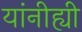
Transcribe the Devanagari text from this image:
यांनीह्यी